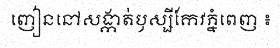
ញៀននៅសង្កាត់ឫស្សីកែវភ្នំពេញ ៖